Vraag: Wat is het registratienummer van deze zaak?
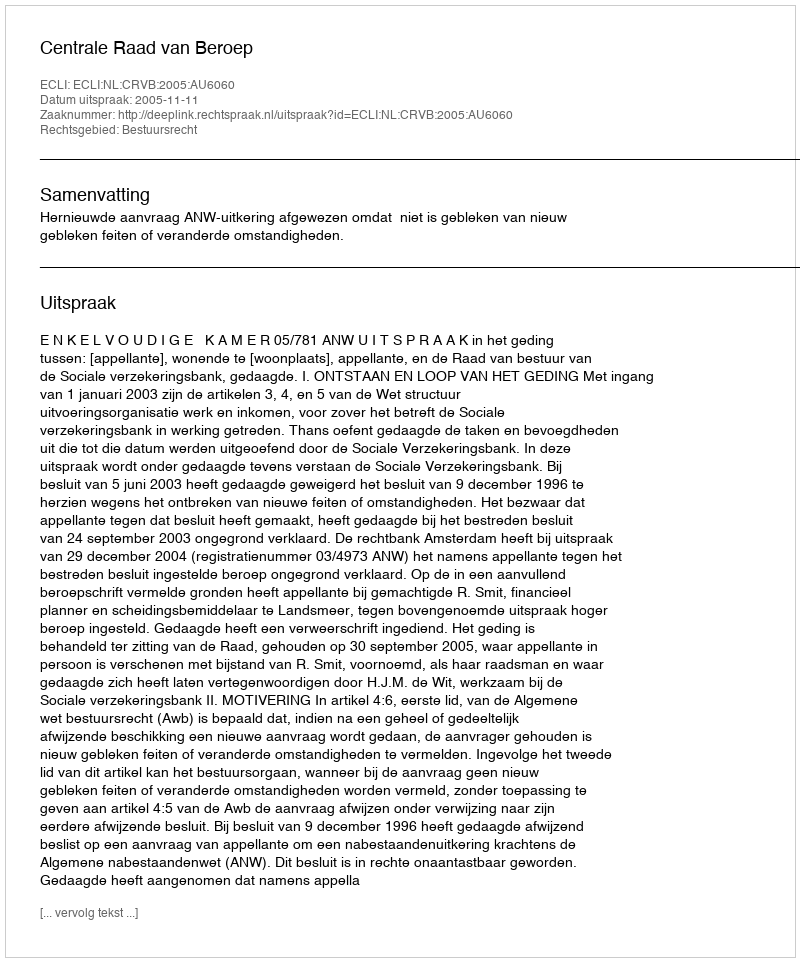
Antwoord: http://deeplink.rechtspraak.nl/uitspraak?id=ECLI:NL:CRVB:2005:AU6060